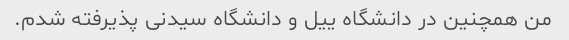
من همچنین در دانشگاه ییل و دانشگاه سیدنی پذیرفته شدم.